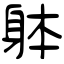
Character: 躰